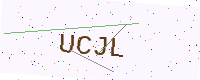
Text: UCJL